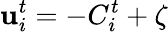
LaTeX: \mathbf{u}_{i}^{t}=-C_{i}^{t}+\zeta